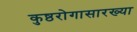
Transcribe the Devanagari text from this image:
कुष्ठरोगासारख्या